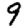
Digit: 9